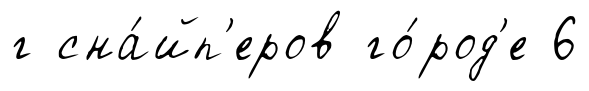
г сна́йп'еров го́род'е 6